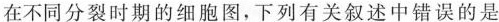
在不同分裂时期的细胞图，下列有关叙述中错误的是